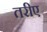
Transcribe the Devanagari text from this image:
तरीए